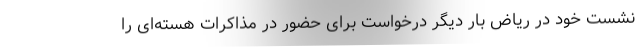
نشست خود در ریاض بار دیگر درخواست برای حضور در مذاکرات هسته‌ای را